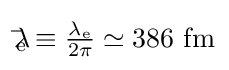
\textstyle \lambda \!\!\!{\bar {}}_{\text{e}}\equiv {\tfrac {\lambda _{\text{e}}}{2\pi }}\simeq \mathrm {386~fm}